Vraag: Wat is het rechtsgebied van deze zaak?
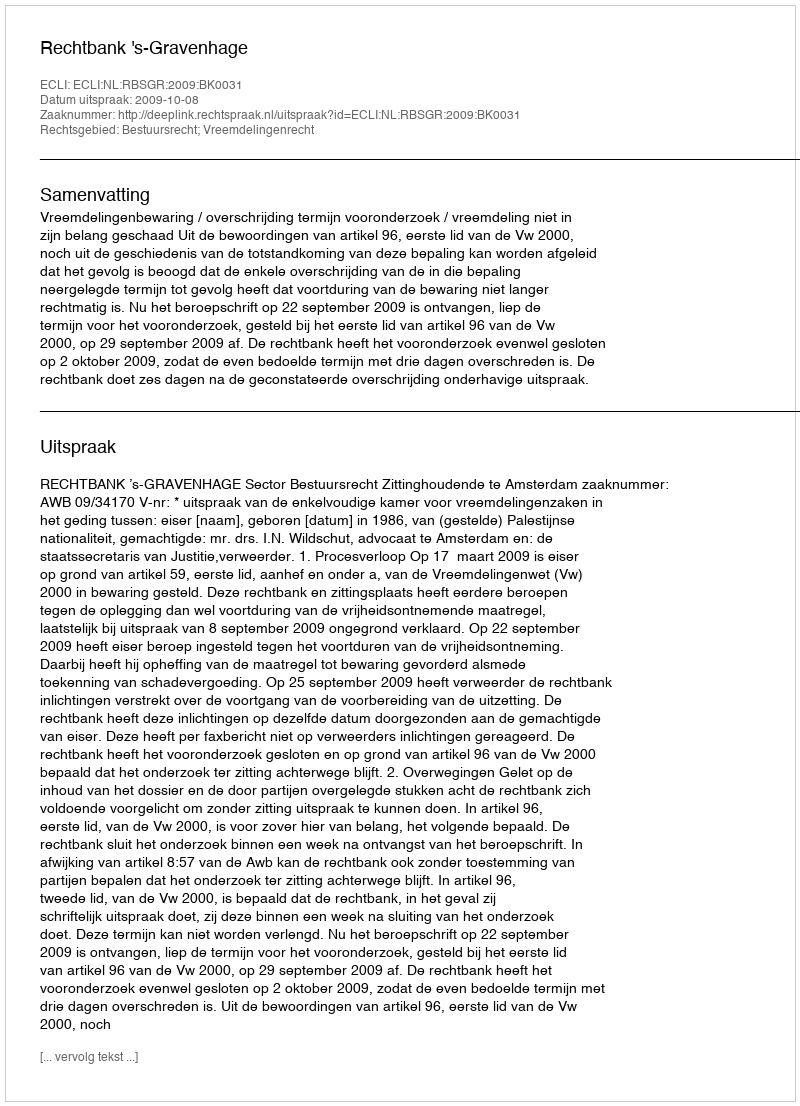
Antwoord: Bestuursrecht; Vreemdelingenrecht